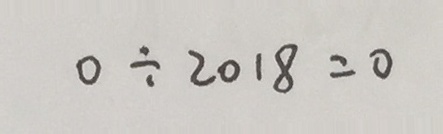
0 \div 2 0 1 8 = 0